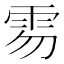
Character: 𩂂